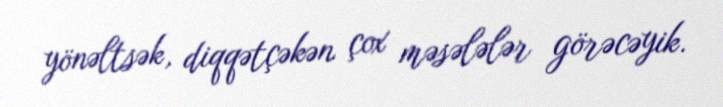
yönəltsək, diqqətçəkən çox məsələlər görəcəyik.